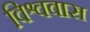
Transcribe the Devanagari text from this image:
विश्ववास